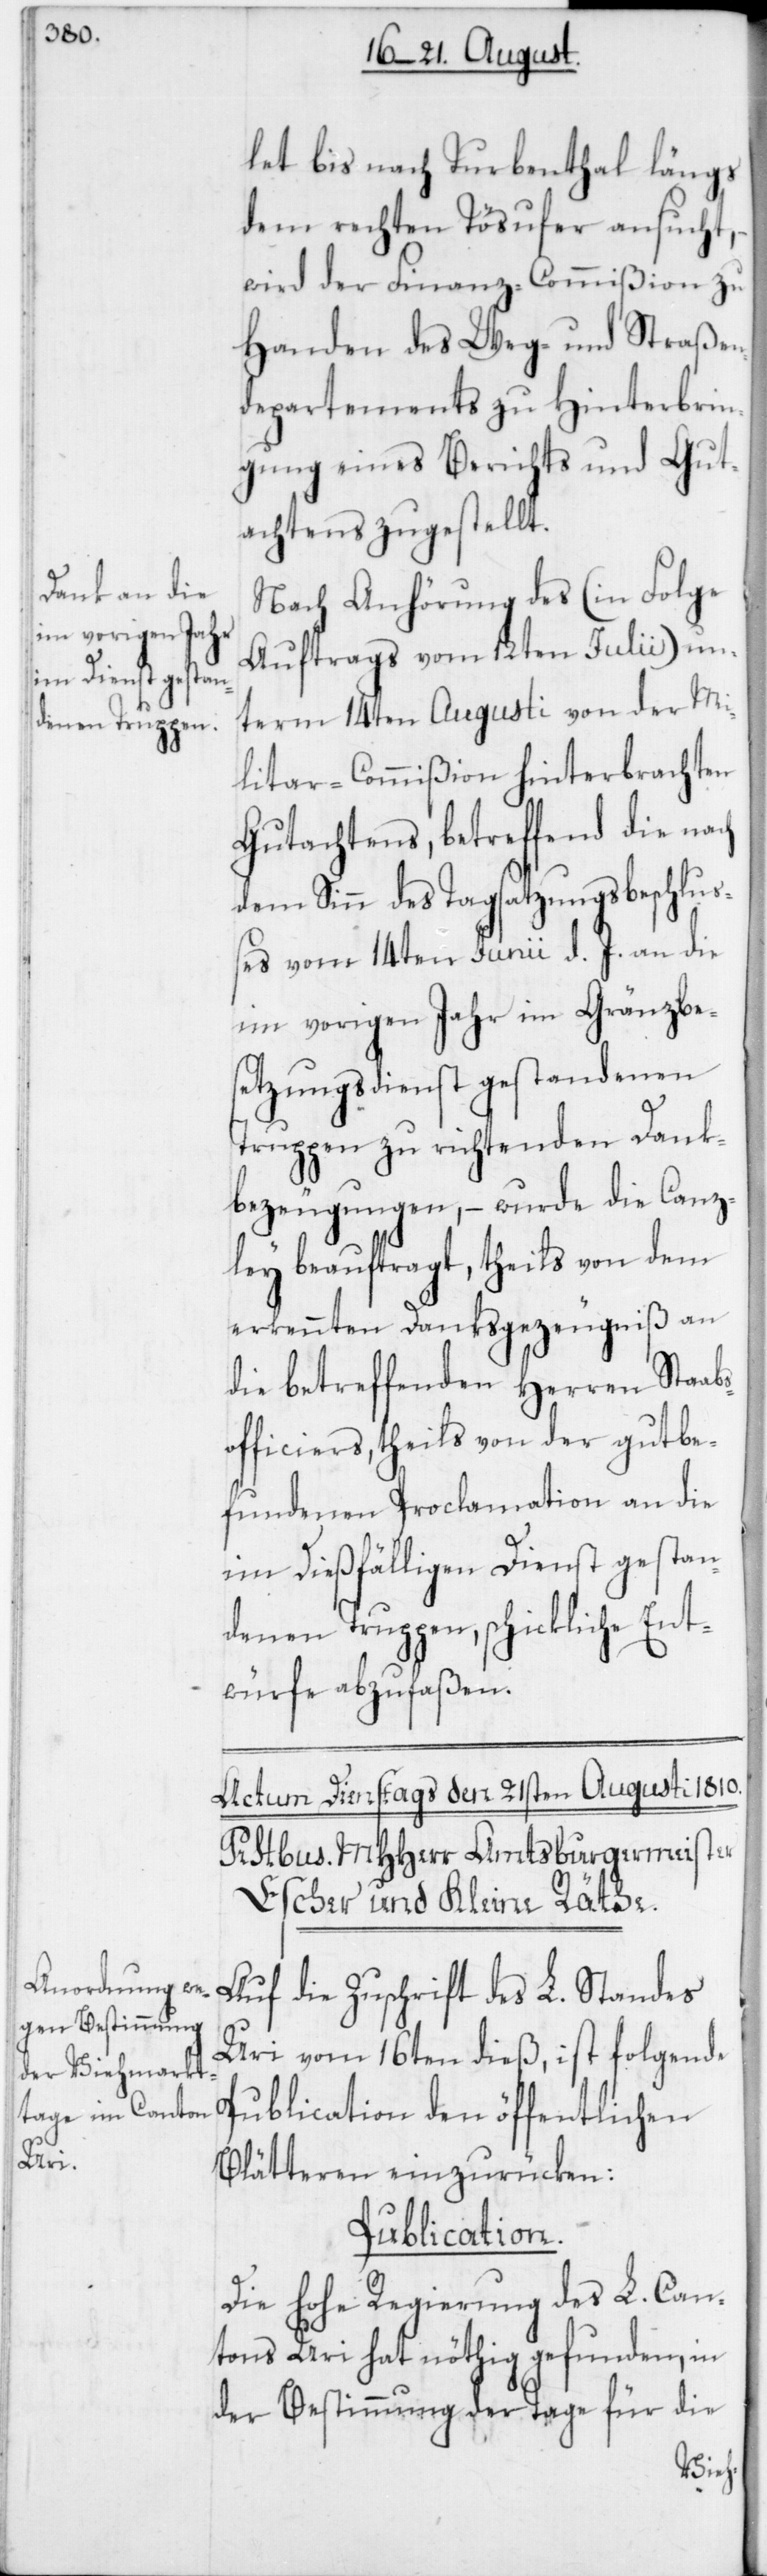
lat bis nach Turbenthal, längs
dem rechten Tösufer ansucht,
wird der Finanz-Commißion zu
Handen des Weg- und Straßen¬
departements zu Hinterbrin¬
gung eines Berichts und Gut¬
achtens zugestellt.
Nach Anhörung des (in Folge
Auftrags vom 12ten Julii) un¬
term 14ten Augusti von der Mi¬
litar-Commißion hinterbrachten
Gutachtens, betreffend die nach
dem Sinn des Tagsatzungsbeschluß¬
es vom 14ten Junii d. J. an die
im vorigen Jahr im Gränzbes¬
etzungsdienst gestandenen
Truppen zu richtenden Dank¬
bezeugungen, – wurde die Canz¬
ley beauftragt, theils von dem
erkennten Danksgezeugniß an
die betreffenden Herren Staab¬
ficiers, theils von der gut be¬
fundenen Proclamation an die
im Dießfälligen Dienst gestan¬
denen Truppen, schickliche Ent¬
würfe abzufaßen.
Auf die Zuschrift des L. Standes
Uri vom 16ten dieß, ist folgende
Publication den öffentlichen
Blätteren einzurücken:
Publication.
Die hohe Regierung des L. Can¬
tons Uri hat nöthig gefunden, in
der Bestimmung der Tage für die
sof¬